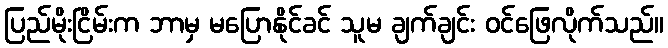
ပြည်မိုးငြိမ်းက ဘာမှ မပြောနိုင်ခင် သူမ ချက်ချင်း ဝင်ဖြေလိုက်သည်။